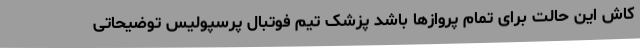
کاش این حالت برای تمام پروازها باشد پزشک تیم فوتبال پرسپولیس توضیحاتی